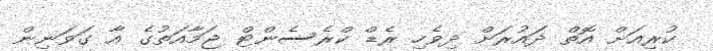
ކުރިއަށް އޮތް ދައުރަށް ދިވެހި ރެޑް ކްރެސެންޓް ޖަމާއަތުގެ އާ ގަވަނިން